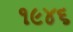
૧૯૪૬